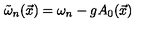
\tilde { \omega } _ { n } ( \vec { x } ) = \omega _ { n } - g A _ { 0 } ( \vec { x } )